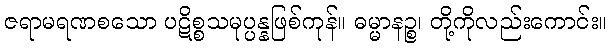
ဇရာမရဏစသော ပဋိစ္စသမုပ္ပန္နဖြစ်ကုန်။ ဓမ္မာနဉ္စ၊ တို့ကိုလည်းကောင်း။